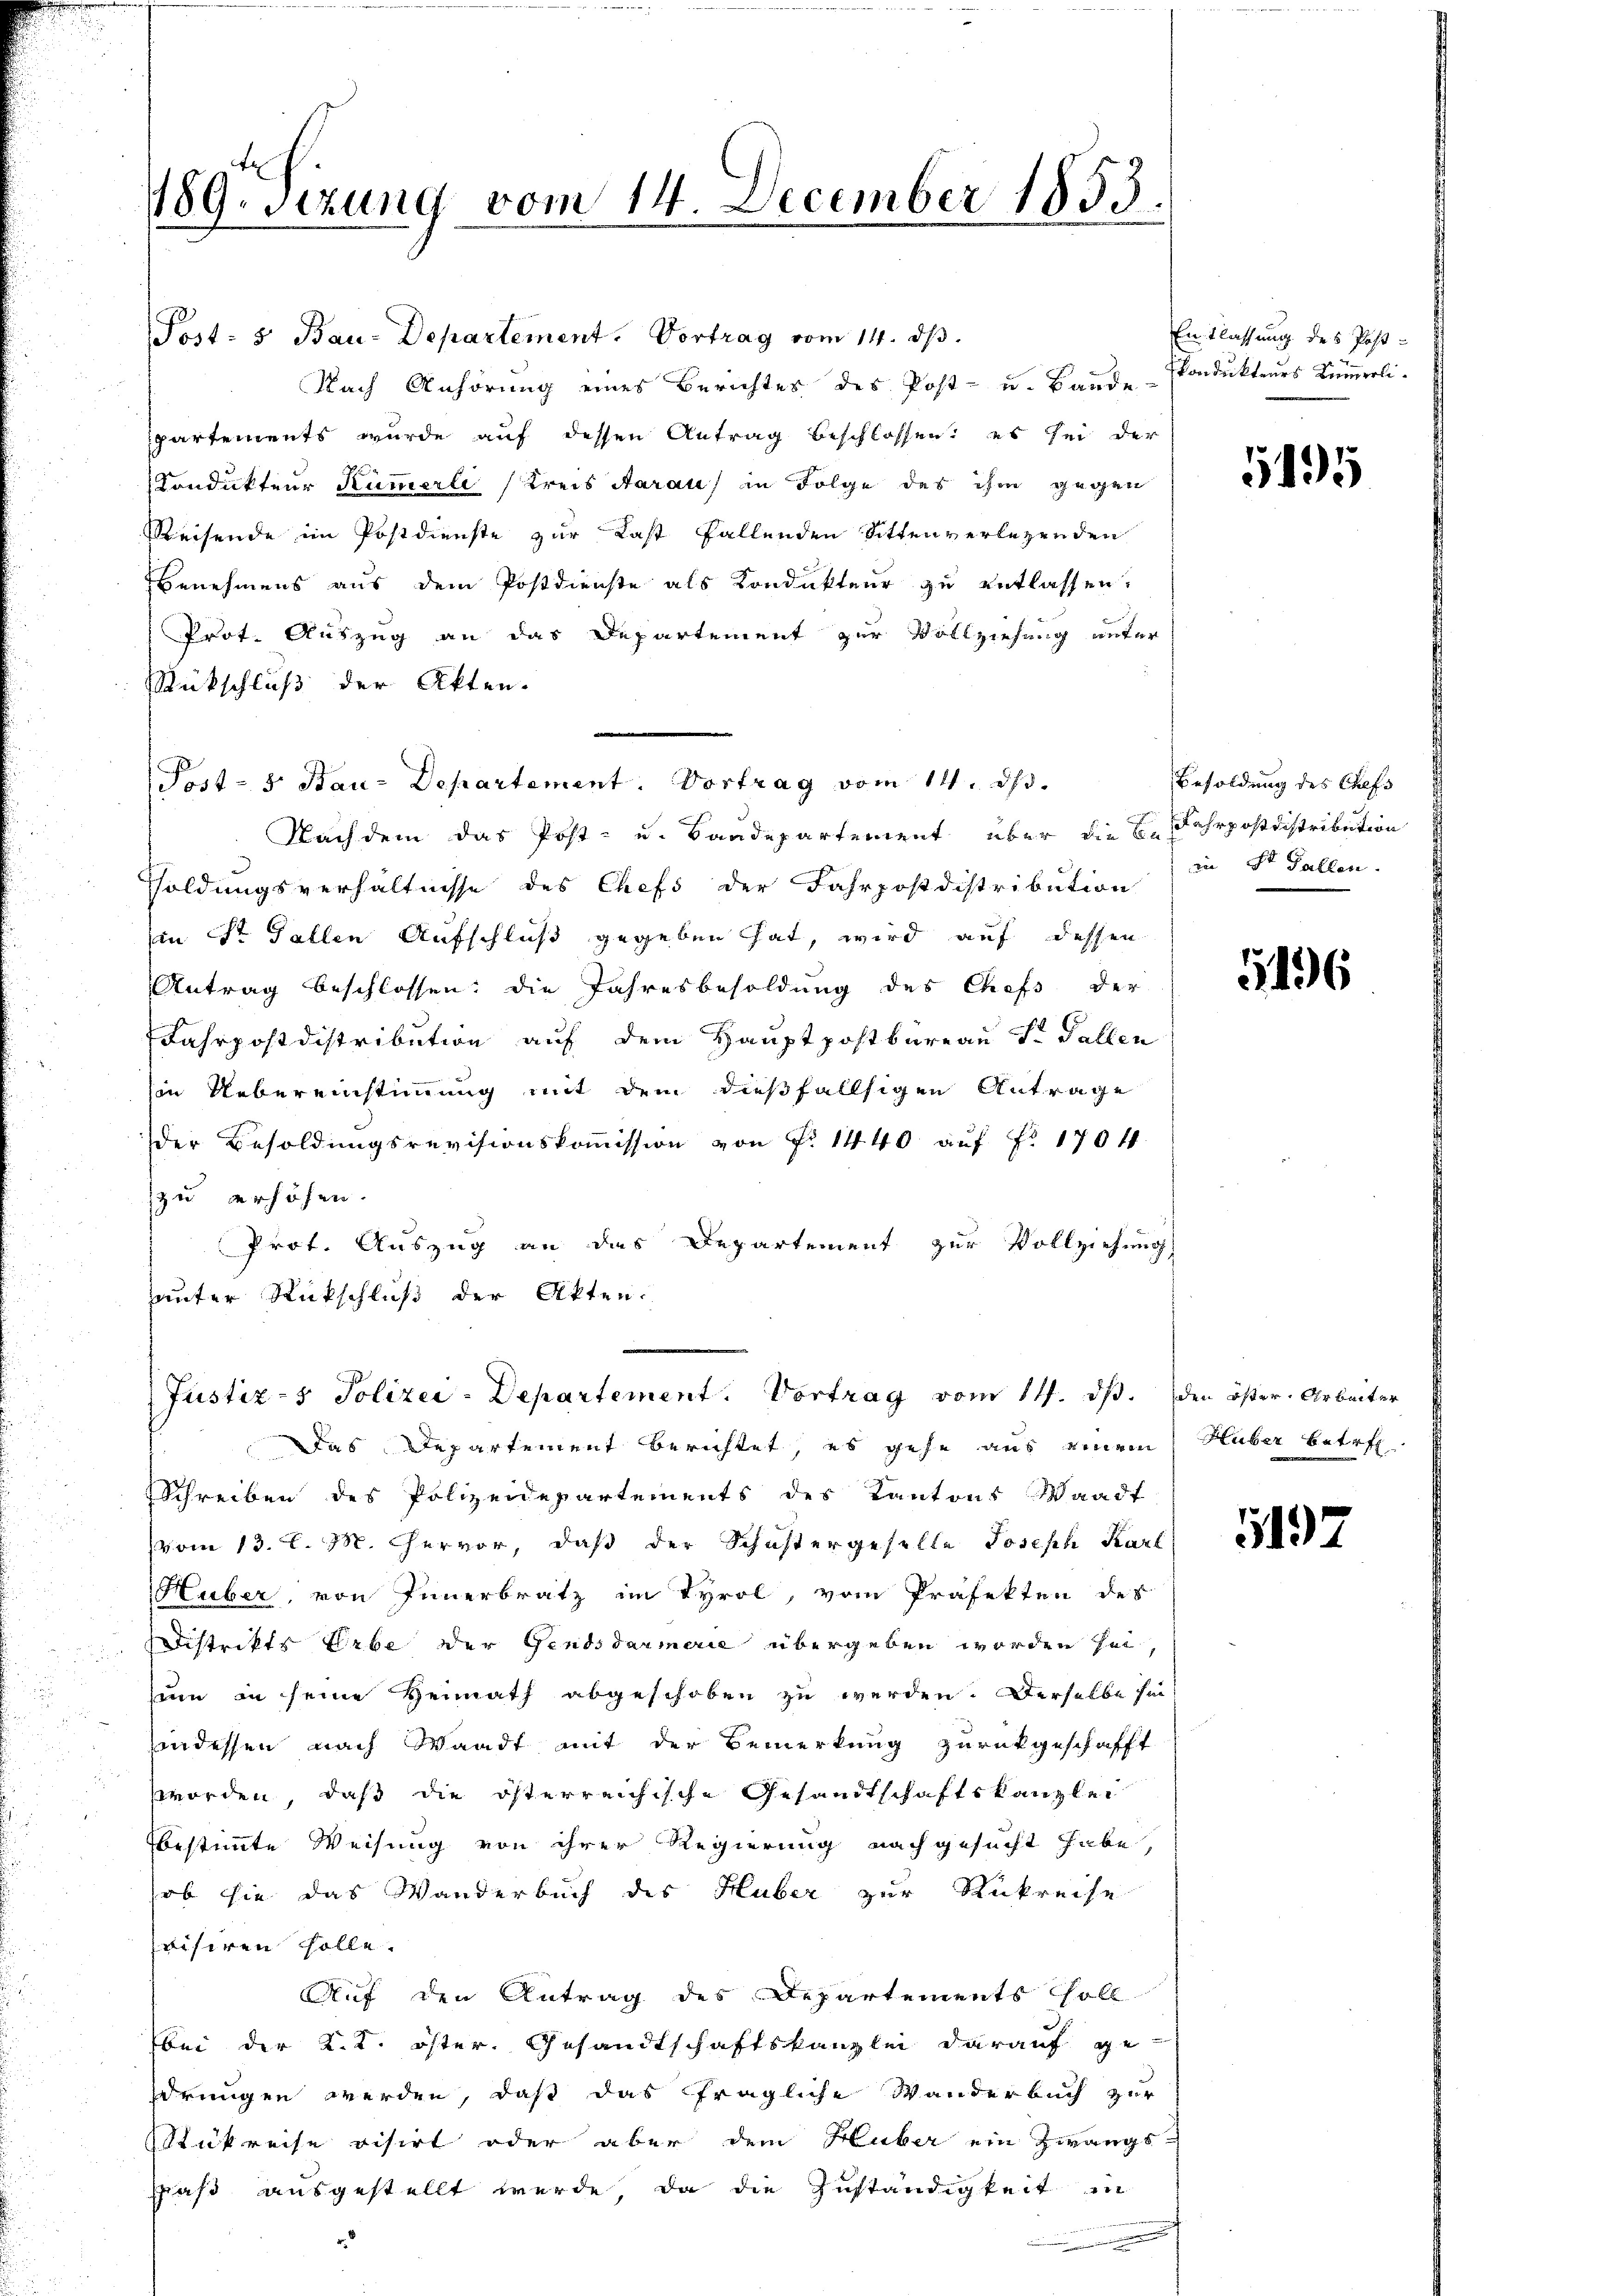
Post- & Bau-Departement. Vortrag vom 14. dβ.
Nach Anhörung eines Berichtes des Post- u. Bande Condukteurs kümmerli
partements wurde auf dessen Antrag beschlossen: es sei der
Condukteur Kümmerli (Kreis daraus in Folge des ihm gegen
Reisende im Postdienste zur Last fallenden Sittenverlegenden
Benehmens aus dem Postdienste als Kondukteur zu entlassen.
Prot. Auszug an das Departement zur Vollziehung unter
Rückschluß der Akten.
Post- & Bau-Departement. Vortrag vom 14. dβ.
Nachdem das Post- u. Baadepartement über die B. Fahrpostdistribution
soldungsverhältnisse des Chefs der Fahrpostdistribution
(in St. Gallen Aufschluß gegeben hat, wird auf dessen
Antrag beschlossen: die Jahresbesoldung des Chefs der
Fahrpostdistribution auf dem Hauptpostbureau St. Gallen
in Uebereinstimmung mit dem dießfallsigen Antrage
der Besoldungsrevisionskoṁission von Nr. 1440 auf Fr. 170 ff
zu erhöhen.
Prot. Auszug an das Departement zur Vollziehung
hauter Rückschluß der Akten.
Justiz- & Polizei-Departement. Vortrag vom 14. ds. den öster Arbeiter
Das Departement berichtet, es gehe aus einem
Schreiben des Polizeidepartements des Kantons Waadt
vom 13. l. M. Hervor, daß der Schustergeselle Joseph Karl
Huber, von Innerbratz im Tyrol, vom Präfekten des
Distrikts Erbe der Gendsdarmerie übergeben worden sei,
zum in seine Heimath abgeschoben zu werden. Derselbe sie
indessen nach Waadt mit der Bemerkung zurückgeschafft
worden, daß die österreichische Gesandtschaftskanzlei
bestimmte Weisung von ihrer Regierung nachgesucht habe,
ob sie das Wanderbuch des Huber zur Rükreise
svisiren solle.
Auf den Antrag des Departements soll
bei der K. K. öster. Gesandtschaftskanzlei darauf ge-
drungen werden, daß das fragliche Wanderbuch zur
Rükreise visirt oder aber dem Huber ein Zwangs-
paß ausgestellt werde, da die Zuständigkeit in

189. sezung vom 14. December 1853.

Entlassung des Post¬

5195

Besoldung des Chefs
in St. Gallen.

5196

Huber betre

5192